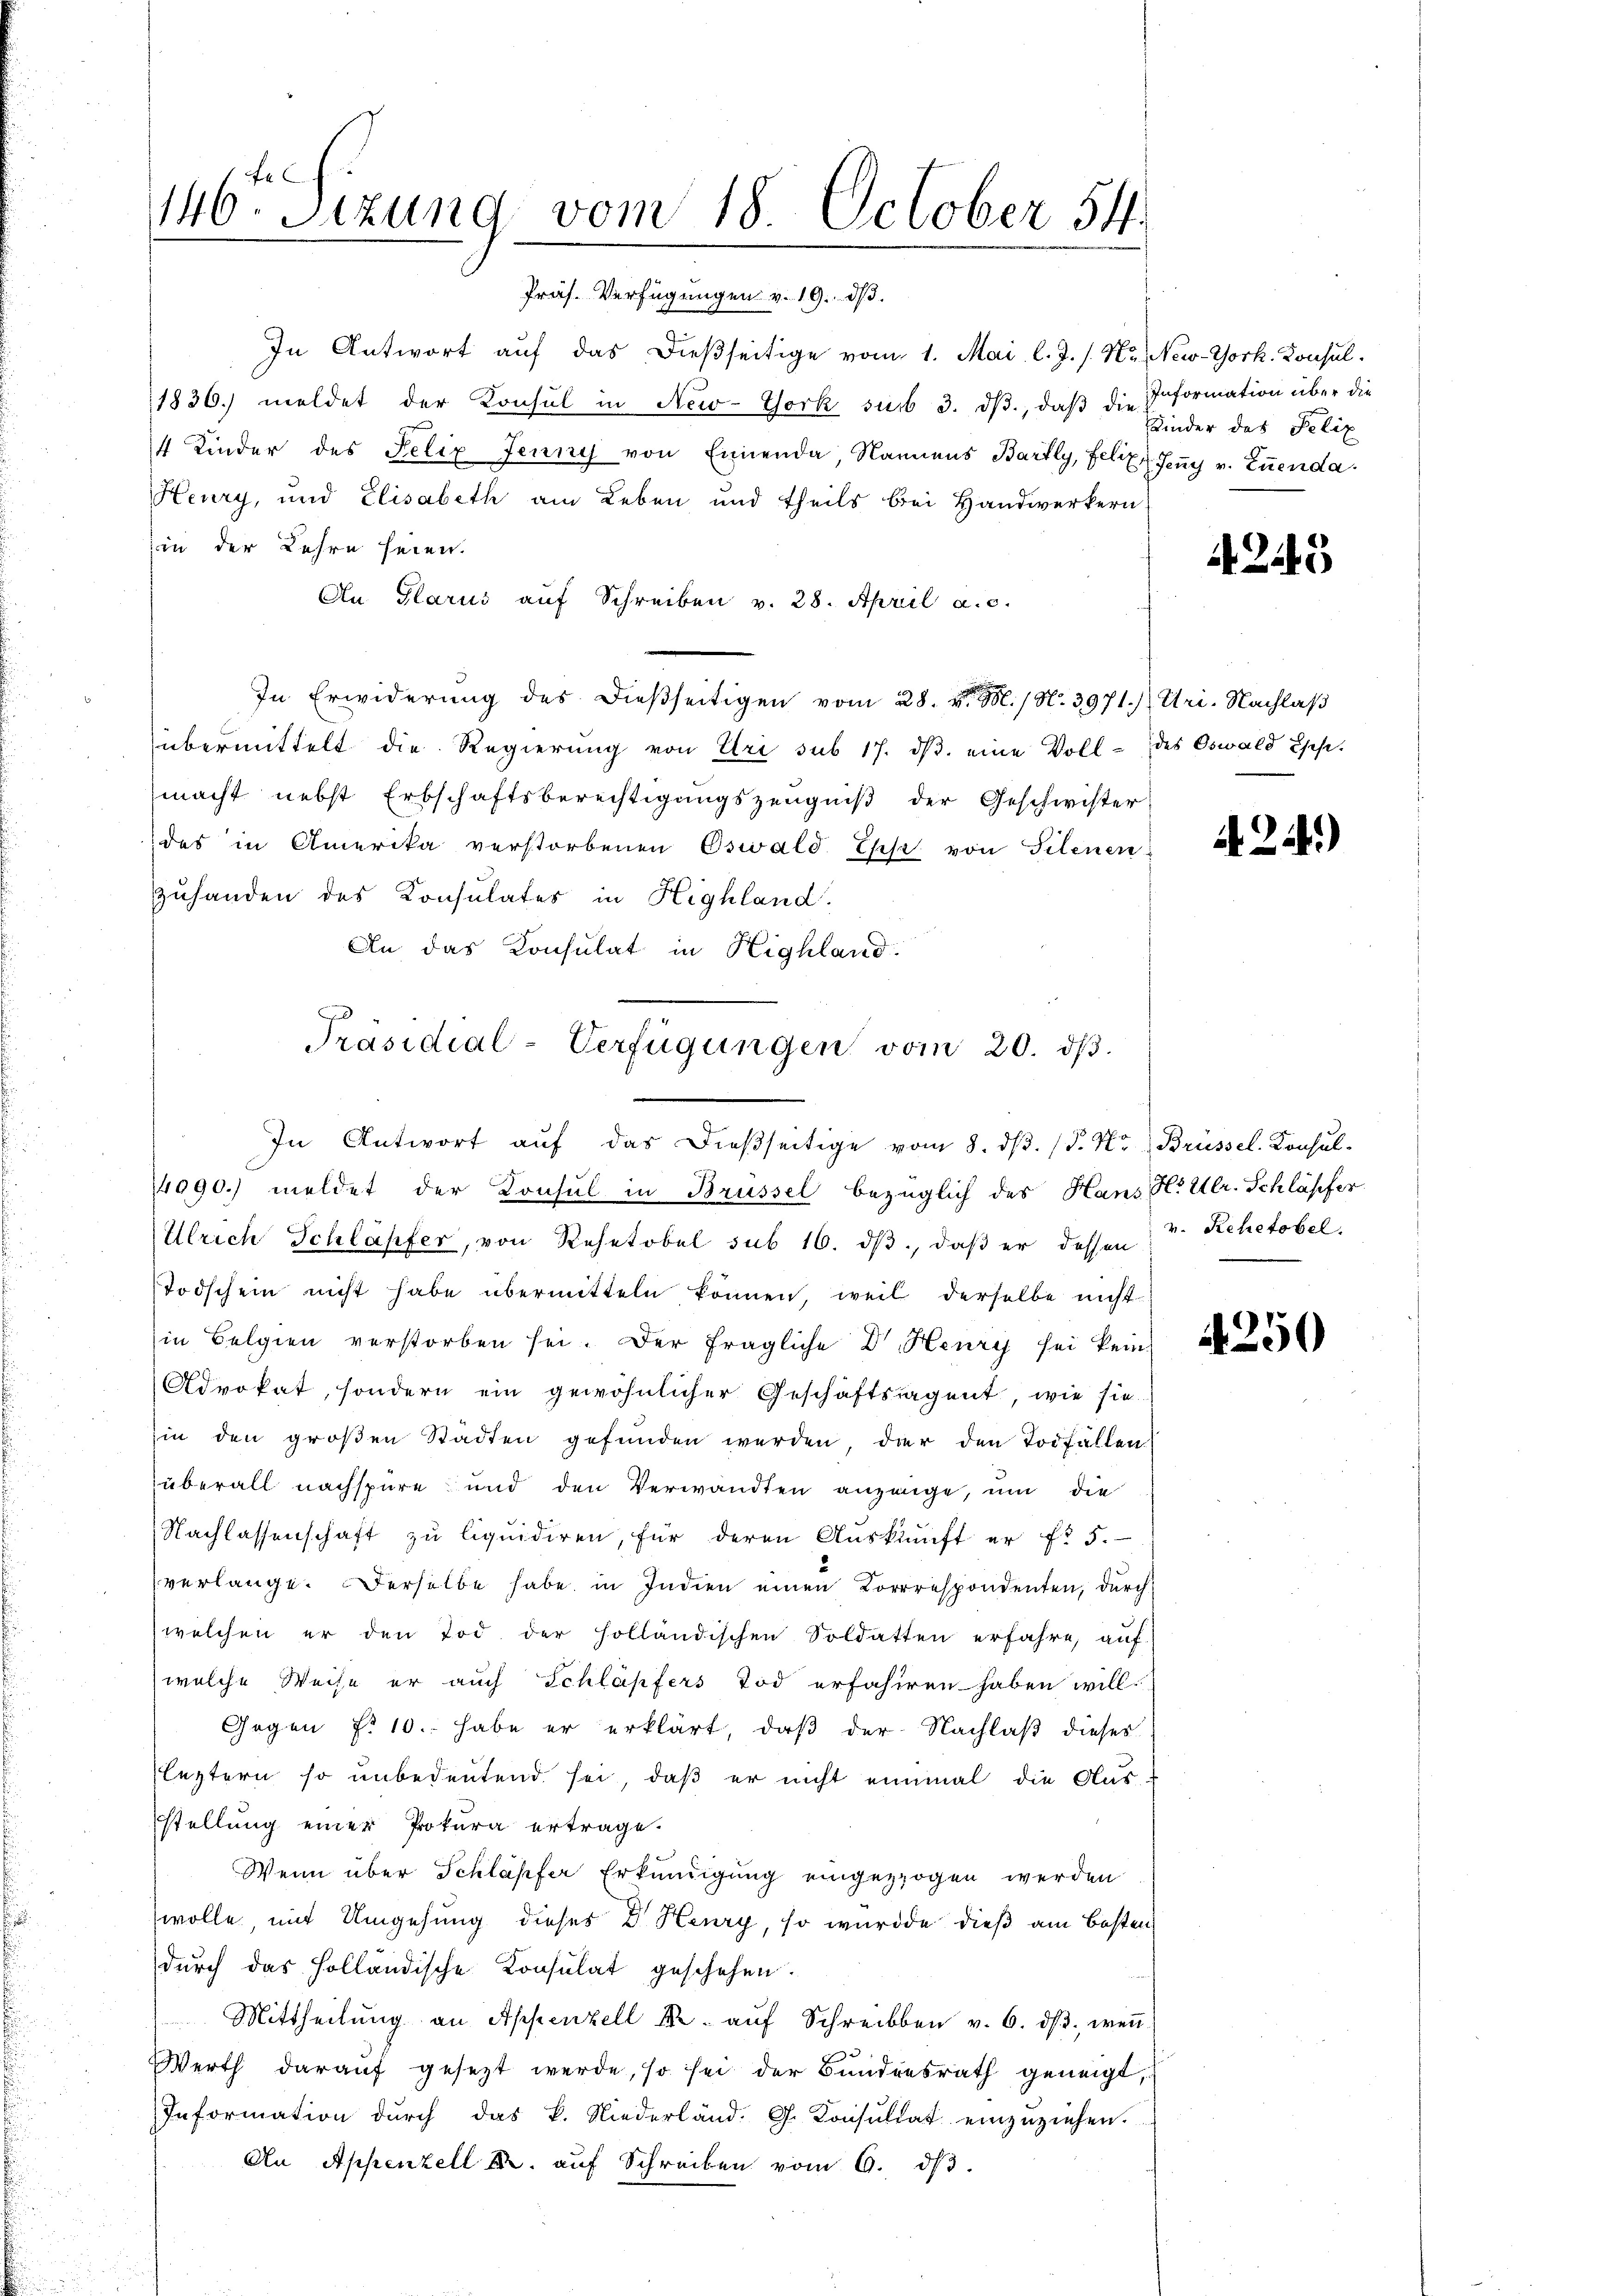
146. Sizung vom 18. October 54.

Präf. Verfügungen v. 19. dβ.
In Antwort auf das dießseitige vom 1. Mai l. J. s. N. New-York. Konsul¬
1836. meldet der Konsul in New-York sub 3. dβ, daß die Information über die
4 Kinder des Felix Jenny von Einenda, Namens Bartly, Felix Jeny v. Zuenda
Heury, und Elisabeth am Leben und theils bei Handwerkern
ii der Lehre seien.
An Glarus auf Schreiben v. 28. April a. c.
In Erwiderung des dießseitigen vom 28. v. M. / N. 3971.) Uri. Nachlaß
übermittelt die Regierung von Uri sub 17. dβ. eine Voll- des Oswald Ehese.
macht nebst Erbschaftsberechtigungszeugniß der Geschwister
des in Amerika verstorbenen Oswald Ehe von Filenen-
Zuhanden des Konsulates in Highland.
An das Konsulat in Highland.
In Antwort auf das dießseitige vom 8. ds. (T. Hr. Brüssel-Konsul-
14090.) meldet der Konsul in Brüssel bezüglich des Hans H. Ulr. Schläpfer
Ulrich Schläpfer, von Rehetobel sub 16. dβ, daß er dessen
Todschein nicht habe übermitteln können, weil derselbe nicht
in Belgien verstorben sei. Der fragliche Dr. Henry sei kein
Advokat, sondern ein gewöhnlicher Geschäftsagent, wie sie
hin den großen Stadten gefunden werden, der den Todfällen
überall nachspüre und den Verwandten anzeige, um die
Nachlassenschaft zu liquidiren, für deren Auskunft er fr. 5.
verlange. Derselbe habe in Indien einen Korrespondenten, durch
welchen er den Tod der holländischen Soldatten erfahre, auf
welche Weise er auch Schläpfers Tod erfahiren haben will.
Gegen f. 10. habe er erklärt, daß der Nachlaß dieses
leztern so unbedeutend sei, daß er nicht einmal die Aus
stellung einer Prokura ertrage.
Wenn über Schläpfer Erkundigung eingezogen werden
wolle, mit Umgehung dieses Dr. Heury, so wurde dieß am besten
durch das Holländische Consulat geschehen.
Mittheilŭng an Appenzell u. aŭf Schreiben v. 6. dβ weṅ
Werth darauf gesezt werde, so sei der Bundesrath geneigt,
Information dŭrch das k. Niederländ. G. Konsŭltat einzŭziehen.
An Appenzell M. auf Schreiben vom 6. dβ.

Präsidial-Verfügungen vom 20. dβ.

Kinder das Peliz

4245

424.)

v. Rehetobel.

4250